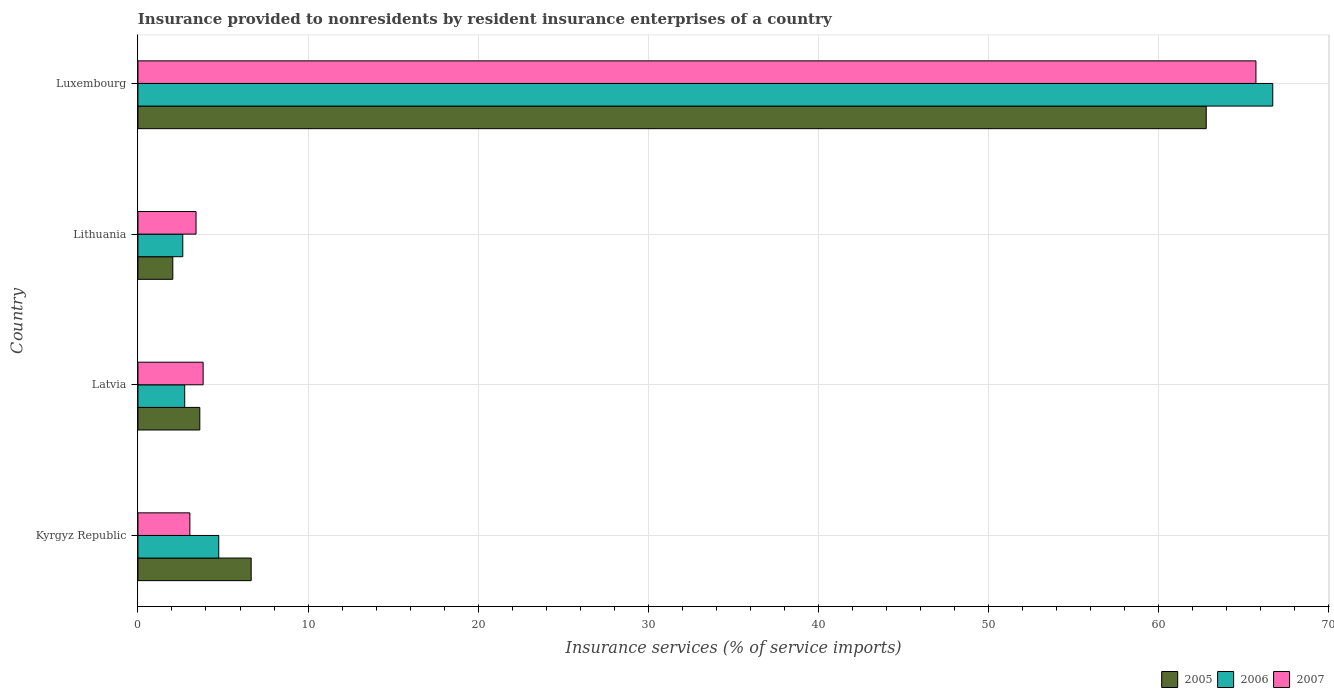
| Country | 2005 | 2006 | 2007 |
 | --- | --- | --- | --- |
 | Kyrgyz Republic | 6.66 | 4.75 | 3.05 |
 | Latvia | 3.64 | 2.75 | 3.83 |
 | Lithuania | 2.05 | 2.64 | 3.42 |
 | Luxembourg | 62.8 | 66.7 | 65.7 |